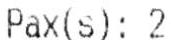
PAX(S): 2